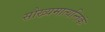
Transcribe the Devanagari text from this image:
सौख्यमात्यन्तिकं